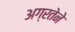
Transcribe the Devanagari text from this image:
अग्रतेने